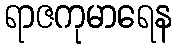
ရာဇကုမာရေန